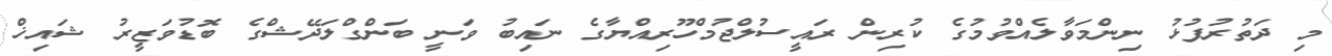
މި ދަތުރުފުޅު ނިންމަވާލެއްވުމުގެ ކުރިން ރައީސުލްޖުމްހޫރިއްޔާގެ ނައިބު ވަނީ ބަންގްލަދޭޝްގެ ބޮޑުވަޒީރު ޝައިޚް